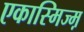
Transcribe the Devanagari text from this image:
एकास्मिज्म़